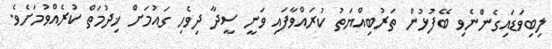
ލިބިވަޑައިގެންނެވި ބޭފުޅުން ތަރުބިއްޔަތު ކުރައްވާފައި ވަނީ ސީދާ ދިވެހި ގައުމަށް ޚިދުމަތް ކުރެއްވުމަށެވެ.